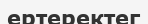
ертеректег